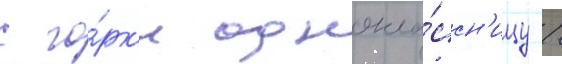
с го́рк'и однокла́ссн'ицу /